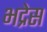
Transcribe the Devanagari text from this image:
भद्रेस